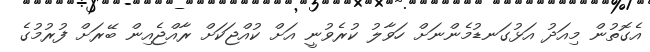
އެގޮތުން މިއަދު އަޅުގަނޑުމެންނަށް ހަވާލު ކުރެވުނީ އަށް ކުއްޖަކަށް ރާއްޖެއިން ބޭރަށް ފުރުމުގެ